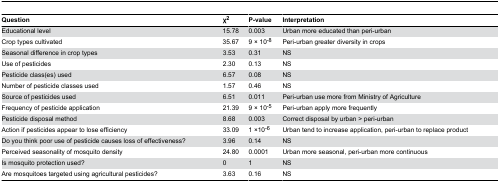
<table><thead><tr><td><b>Question</b></td><td><b>χ<sup>2</sup></b></td><td><b>P-value</b></td><td><b>Interpretation</b></td></tr></thead><tbody><tr><td>Educational level</td><td>15.78</td><td>0.003</td><td>Urban more educated than peri-urban</td></tr><tr><td>Crop types cultivated</td><td>35.67</td><td>9 × 10<sup>-8</sup></td><td>Peri-urban greater diversity in crops</td></tr><tr><td>Seasonal difference in crop types</td><td>3.53</td><td>0.31</td><td>NS</td></tr><tr><td>Use of pesticides</td><td>2.30</td><td>0.13</td><td>NS</td></tr><tr><td>Pesticide class(es) used</td><td>6.57</td><td>0.08</td><td>NS</td></tr><tr><td>Number of pesticide classes used</td><td>1.57</td><td>0.46</td><td>NS</td></tr><tr><td>Source of pesticides used</td><td>6.51</td><td>0.011</td><td>Peri-urban use more from Ministry of Agriculture</td></tr><tr><td>Frequency of pesticide application</td><td>21.39</td><td>9 × 10<sup>-5</sup></td><td>Peri-urban apply more frequently</td></tr><tr><td>Pesticide disposal method</td><td>8.68</td><td>0.003</td><td>Correct disposal by urban &gt; peri-urban</td></tr><tr><td>Action if pesticides appear to lose efficiency</td><td>33.09</td><td>1 ×10<sup>-6</sup></td><td>Urban tend to increase application, peri-urban to replace product</td></tr><tr><td>Do you think poor use of pesticide causes loss of effectiveness?</td><td>3.96</td><td>0.14</td><td>NS</td></tr><tr><td>Perceived seasonality of mosquito density</td><td>24.80</td><td>0.0001</td><td>Urban more seasonal, peri-urban more continuous</td></tr><tr><td>Is mosquito protection used?</td><td>0</td><td>1</td><td>NS</td></tr><tr><td>Are mosquitoes targeted using agricultural pesticides?</td><td>3.63</td><td>0.16</td><td>NS</td></tr></tbody></table>